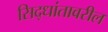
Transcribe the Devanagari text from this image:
सिद्धांतावरील